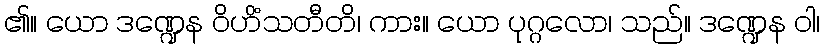
၏။ ယော ဒဏ္ဍေန ဝိဟိံသတီတိ၊ ကား။ ယော ပုဂ္ဂလော၊ သည်။ ဒဏ္ဍေန ဝါ၊